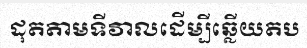
ដុតតាមទីវាលដើម្បីឆ្លើយតប